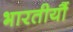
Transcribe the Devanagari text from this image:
भारतीयौं